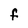
Character: f